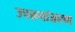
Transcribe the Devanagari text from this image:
उपरूपांतरण